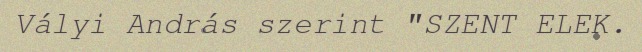
Vályi András szerint "SZENT ELEK.